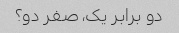
دو برابر یک، صفر دو؟